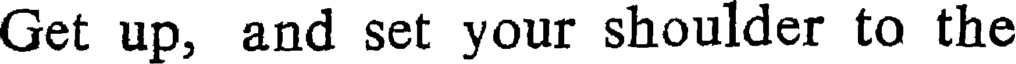
Get up, and set your shoulder to the